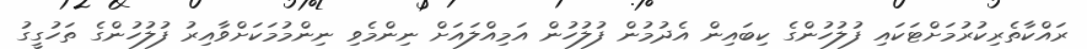
ރައްކާތެރިކުރުމަށްޓަކައި ފުލުހުންގެ ކިބައިން އެދުމުން ފުލުހުން އަމިއްލައަށް ނިންމެވި ނިންމުމަކަށްވާއިރު ފުލުހުންގެ ތަހުގީގު